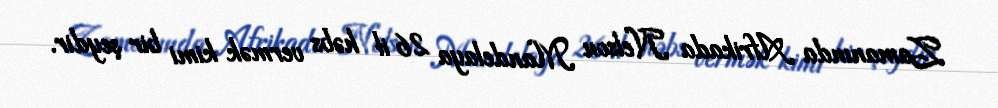
Zamanında Afrikada Nelson Mandelaya 26 il həbs vermək kimi bir şeydir.